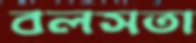
বলসতা